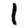
Digit: 1